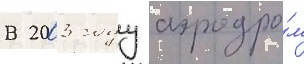
В 2003 году аэродро́м